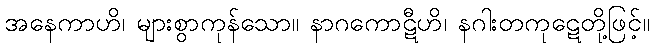
အနေကာဟိ၊ များစွာကုန်သော။ နာဂကောဋီဟိ၊ နဂါးတကုဋေတို့ဖြင့်။